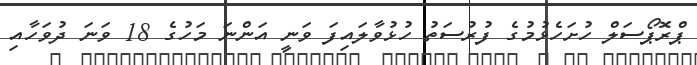
ޕްރޮޕޯސަލް ހުށަހެޅުމުގެ ފުރުސަތު ހުޅުވާލައިފަ ވަނީ އަންނަ މަހުގެ 18 ވަނަ ދުވަހާއި